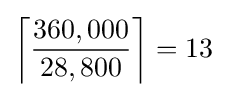
\left\lceil {\frac {360,000}{28,800}}\right\rceil =13